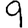
Digit: 9